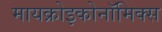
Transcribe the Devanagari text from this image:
मायक्रोइकोनॉमिक्स